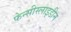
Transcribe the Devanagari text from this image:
फेन्सीस्लाइडीन